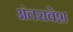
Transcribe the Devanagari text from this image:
अंतरावेश